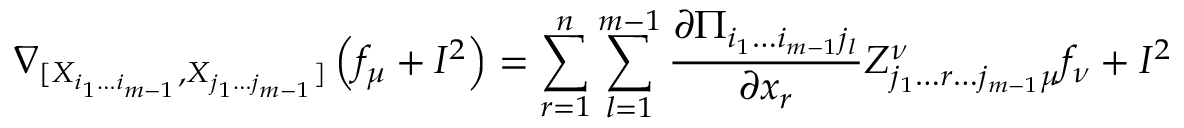
\nabla _ { [ X _ { i _ { 1 } \dotsc i _ { m - 1 } } , X _ { j _ { 1 } \dotsc j _ { m - 1 } } ] } \left( f _ { \mu } + I ^ { 2 } \right) = \sum _ { r = 1 } ^ { n } \sum _ { l = 1 } ^ { m - 1 } \frac { \partial \Pi _ { i _ { 1 } \dotsc i _ { m - 1 } j _ { l } } } { \partial x _ { r } } Z _ { j _ { 1 } \dotsc r \dotsc j _ { m - 1 } \mu } ^ { \nu } f _ { \nu } + I ^ { 2 }